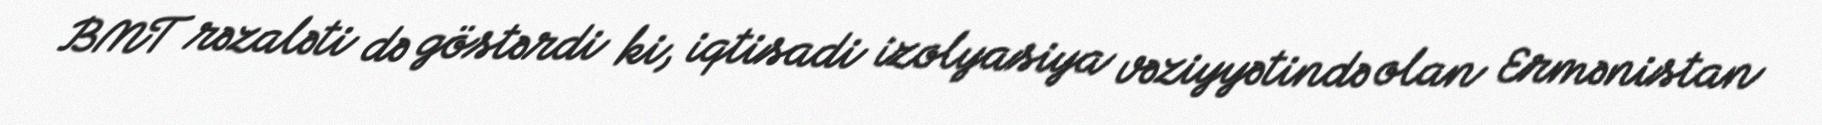
BMT rəzaləti də göstərdi ki, iqtisadi izolyasiya vəziyyətində olan Ermənistan